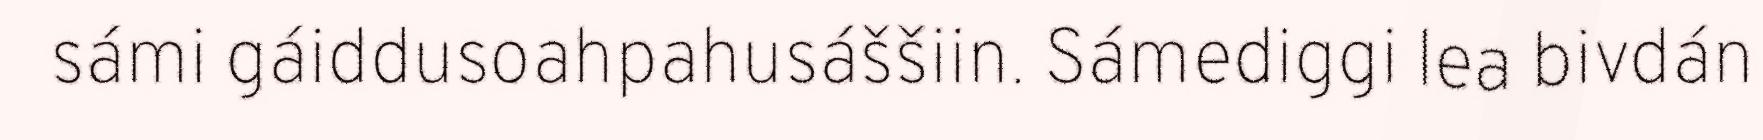
sámi gáiddusoahpahusáššiin. Sámediggi lea bivdán